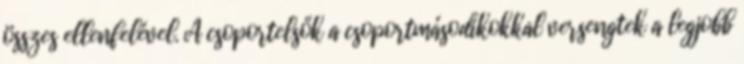
összes ellenfelével. A csoportelsők a csoportmásodikokkal versengtek a legjobb